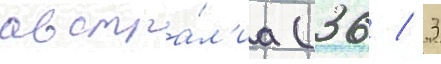
австра́л'иа (36 / 3